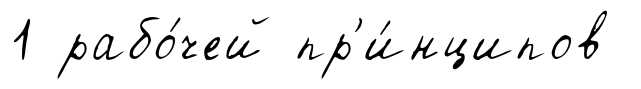
1 рабо́чей пр'и́нципов